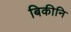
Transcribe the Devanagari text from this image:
बिकीनि